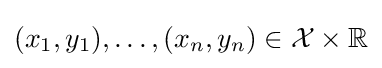
(x_{1},y_{1}),\ldots ,(x_{n},y_{n})\in {\mathcal {X}}\times \mathbb {R}